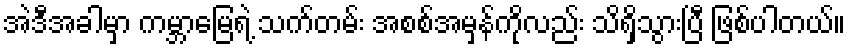
အဲဒီအခါမှာ ကမ္ဘာမြေရဲ့ သက်တမ်း အစစ်အမှန်ကိုလည်း သိရှိသွားပြီ ဖြစ်ပါတယ်။